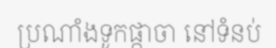
ប្រណាំងទូកផ្កាចា នៅទំនប់